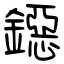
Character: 鐚